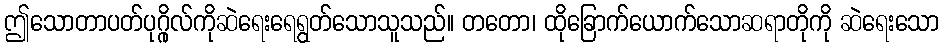
ဤသောတာပတ်ပုဂ္ဂိုလ်ကိုဆဲရေးရေရွတ်သောသူသည်။ တတော၊ ထိုခြောက်ယောက်သောဆရာတိုကို ဆဲရေးသော